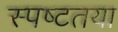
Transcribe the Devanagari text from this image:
स्‍पष्‍टतया